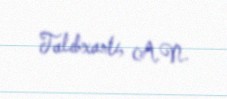
Talıbxanlı, A.N.